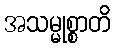
အသမ္မုစ္စာတိ